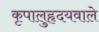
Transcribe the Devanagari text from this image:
कृपालुहृदयवाले